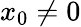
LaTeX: x_{0}\neq 0